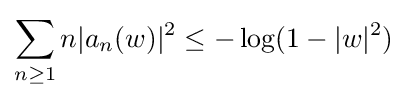
\sum _{n\geq 1}n|a_{n}(w)|^{2}\leq -\log(1-|w|^{2})